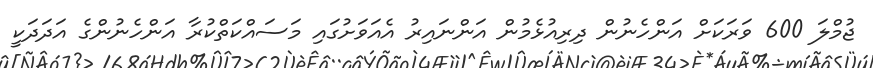
ޖުމްލަ 600 ވަރަކަށް އަންހެނުން ދިރިއުޅެމުން އަންނައިރު އެއަވަށުގައި މަސައްކަތްކުރާ އަންހެނުންގެ އަދަދަކީ